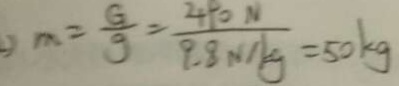
m = \frac { G } { g } = \frac { 4 9 0 N } { 9 . 8 N / k g } = 5 0 k g